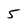
Character: 5